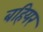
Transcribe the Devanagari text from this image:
बहियर